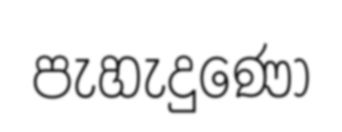
පැහැදුණෝ